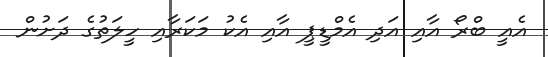
އެއީ ބްރޯ އާއި އަދި އެމްޑީޕީ އާއި އެކު މަކަރާއި ހީލަތުގެ ދަށުން